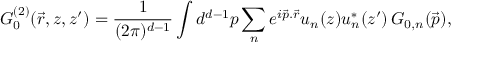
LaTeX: G _ { 0 } ^ { ( 2 ) } ( \vec { r } , z , z ^ { \prime } ) = \frac { 1 } { ( 2 \pi ) ^ { d - 1 } } \int d ^ { d - 1 } p \sum _ { n } e ^ { i \vec { p } . \vec { r } } u _ { n } ( z ) u _ { n } ^ { * } ( z ^ { \prime } ) \, G _ { 0 , n } ( \vec { p } ) ,